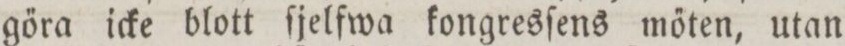
gőra icke blott ſjelfwa kongresſens mőten, utan